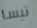
تيسا